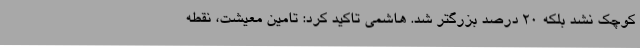
کوچک نشد بلکه ۲۰ درصد بزرگتر شد. هاشمی تاکید کرد: تامین معیشت، نقطه